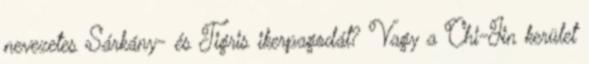
nevezetes Sárkány- és Tigris ikerpagodát? Vagy a Chi-Jin kerület